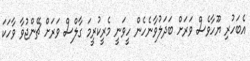
އެބަހުރި ޔޫހާވެސް ވަރަށް ބަދަލުވާނެހެން ހީވަނީ މެރީކުރީމަ ގާލްސް ވަރަށް ޗޭންޖުވާ ވާހަކަ